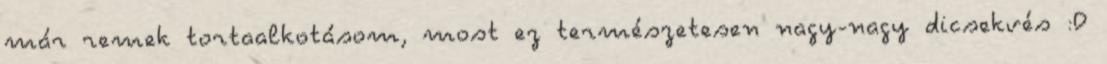
már remek tortaalkotásom, most ez természetesen nagy-nagy dicsekvés :D